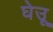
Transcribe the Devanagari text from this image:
घेउू